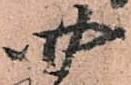
四